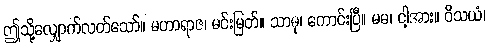
ဤသို့လျှောက်လတ်သော်။ မဟာရာဇ၊ မင်းမြတ်။ သာဓု၊ ကောင်းပြီ။ မမ၊ ငါ့အား။ ဝိသယံ၊